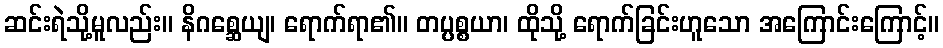
ဆင်းရဲသို့မူလည်း။ နိဂစ္ဆေယျ၊ ရောက်ရာ၏။ တပ္ပစ္စယာ၊ ထိုသို့ ရောက်ခြင်းဟူသော အကြောင်းကြောင့်။